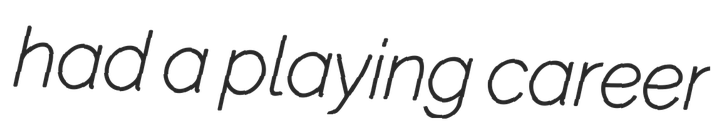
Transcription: had a playing career